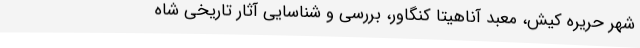
شهر حریره کیش، معبد آناهیتا کنگاور، بررسی و شناسایی آثار تاریخی شاه